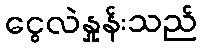
ငွေလဲနှုန်းသည်